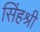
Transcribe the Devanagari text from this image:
सिंहश्री